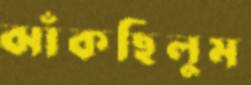
ঝাঁকছিলুম